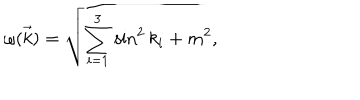
LaTeX: \omega ( \vec { k } ) = \sqrt { \sum _ { i = 1 } ^ { 3 } \sin ^ { 2 } k _ { i } + m ^ { 2 } } ,